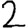
Digit: 2